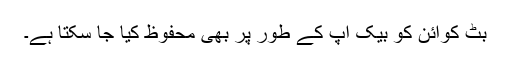
بِٹ کوائن کو بیک اپ کے طور پر بھی محفوظ کیا جا سکتا ہے۔